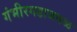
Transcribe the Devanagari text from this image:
गंभीरगडाजवळ